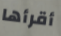
أقرأها